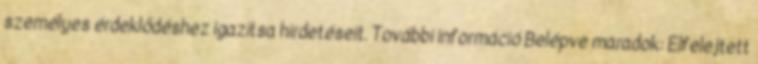
személyes érdeklődéshez igazítsa hirdetéseit. További információ Belépve maradok: Elfelejtett